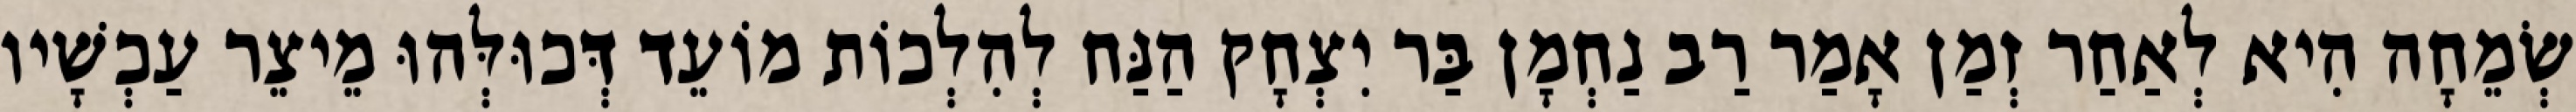
שְׂמֵחָה הִיא לְאַחַר זְמַן אָמַר רַב נַחְמָן בַּר יִצְחָק הַנַּח לְהִלְכוֹת מוֹעֵד דְּכוּלְּהוּ מֵיצֵר עַכְשָׁיו